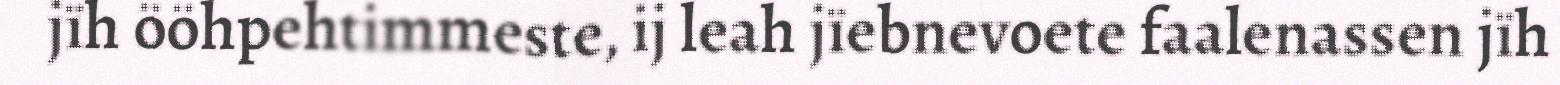
jïh ööhpehtimmeste, ij leah jïebnevoete faalenassen jïh